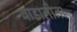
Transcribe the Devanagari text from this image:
बाडालोना